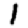
Digit: 1